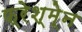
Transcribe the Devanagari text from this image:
फ्रेश्मे्न